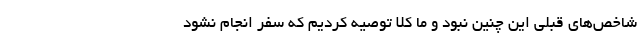
شاخص‌های قبلی این چنین نبود و ما کلا توصیه کردیم که سفر انجام نشود